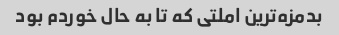
بدمزه‌ترین املتی که تا به حال خوردم بود